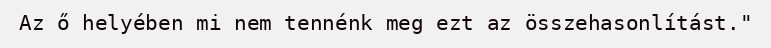
Az ő helyében mi nem tennénk meg ezt az összehasonlítást."